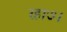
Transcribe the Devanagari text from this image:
रहा७।